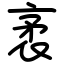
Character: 袤